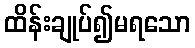
ထိန်းချုပ်၍မရသော